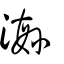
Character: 瀿